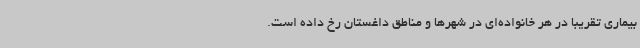
بیماری تقریبا در هر خانواده‌ای در شهرها و مناطق داغستان رخ داده است.